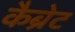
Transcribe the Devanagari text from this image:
कैब्रेट